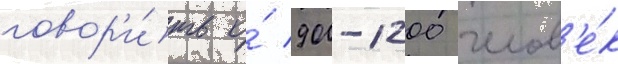
говор'и́ть о́ 900-1200 челов'е́к